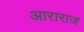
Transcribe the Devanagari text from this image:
आराराज